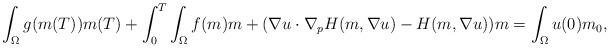
LaTeX: \begin{align*} \int_\Omega g(m(T))m(T) + \int_0^T \int_\Omega f(m)m + (\nabla u \cdot \nabla_p H(m,\nabla u) - H(m,\nabla u))m = \int_\Omega u(0)m_0,\end{align*}